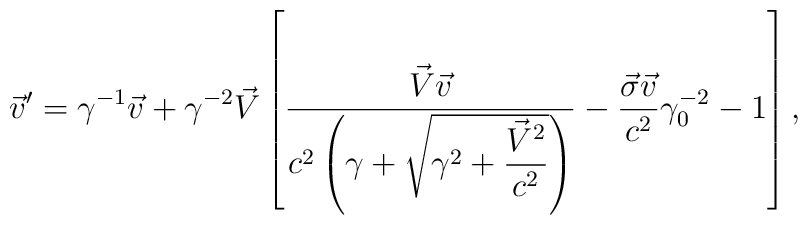
{\vec v}'=\gamma^{-1}\vec{v}+\gamma^{-2}\vec{V}\left[\displaystyle\frac{\vec{V}\vec{v}}{c^2\left(\gamma+\sqrt{\gamma^2+\displaystyle\frac{\vec{V}^2}{c^2}}\right)}-\frac{\vec{\sigma}\vec{v}}{c^2}\gamma_{0}^{-2}-1\right],